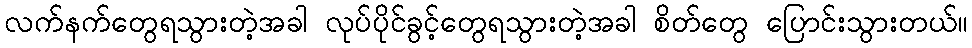
လက်နက်တွေရသွားတဲ့အခါ လုပ်ပိုင်ခွင့်တွေရသွားတဲ့အခါ စိတ်တွေ ပြောင်းသွားတယ်။